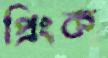
প্রিংক